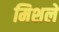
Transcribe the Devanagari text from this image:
मिशले